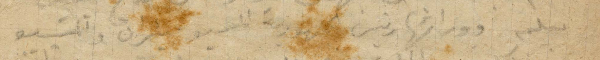
بعلم وورائها رئيس الجمهورية المسيو ملران والمسيو